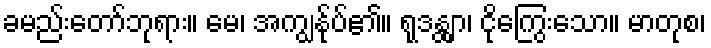
ခမည်းတော်ဘုရား။ မေ၊ အကျွန်ုပ်၏။ ရုဒန္တျာ၊ ငိုကြွေးသော။ မာတုစ၊